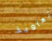
تعاويذ